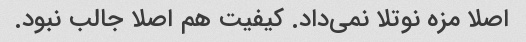
اصلا مزه نوتلا نمی‌داد. کیفیت هم اصلا جالب نبود.